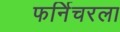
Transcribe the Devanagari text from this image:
फर्निचरला